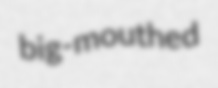
big-mouthed